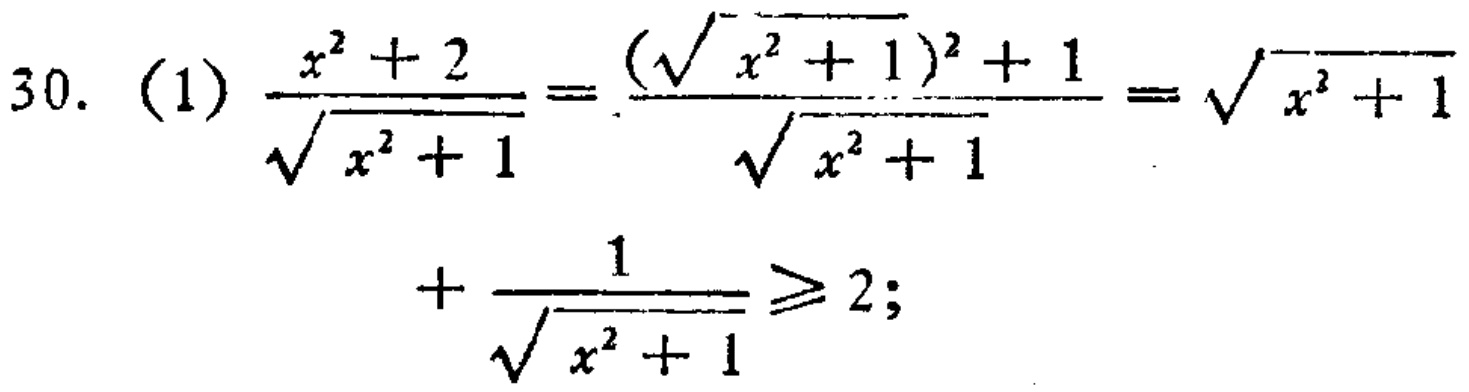
\[
\begin{align*}
30.\ (1)\ \frac{x^{2}+2}{\sqrt{x^{2}+1}}&=\frac{(\sqrt{x^{2}+1})^{2}+1}{\sqrt{x^{2}+1}}=\sqrt{x^{2}+1}\\
&+\frac{1}{\sqrt{x^{2}+1}}\geq2;
\end{align*}
\]